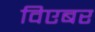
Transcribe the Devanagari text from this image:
विएबर